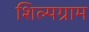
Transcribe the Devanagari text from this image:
शिल्‍पग्राम